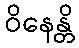
ဝိနေန္တိ